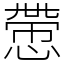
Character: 慸